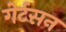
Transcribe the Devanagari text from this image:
गेर्टसन